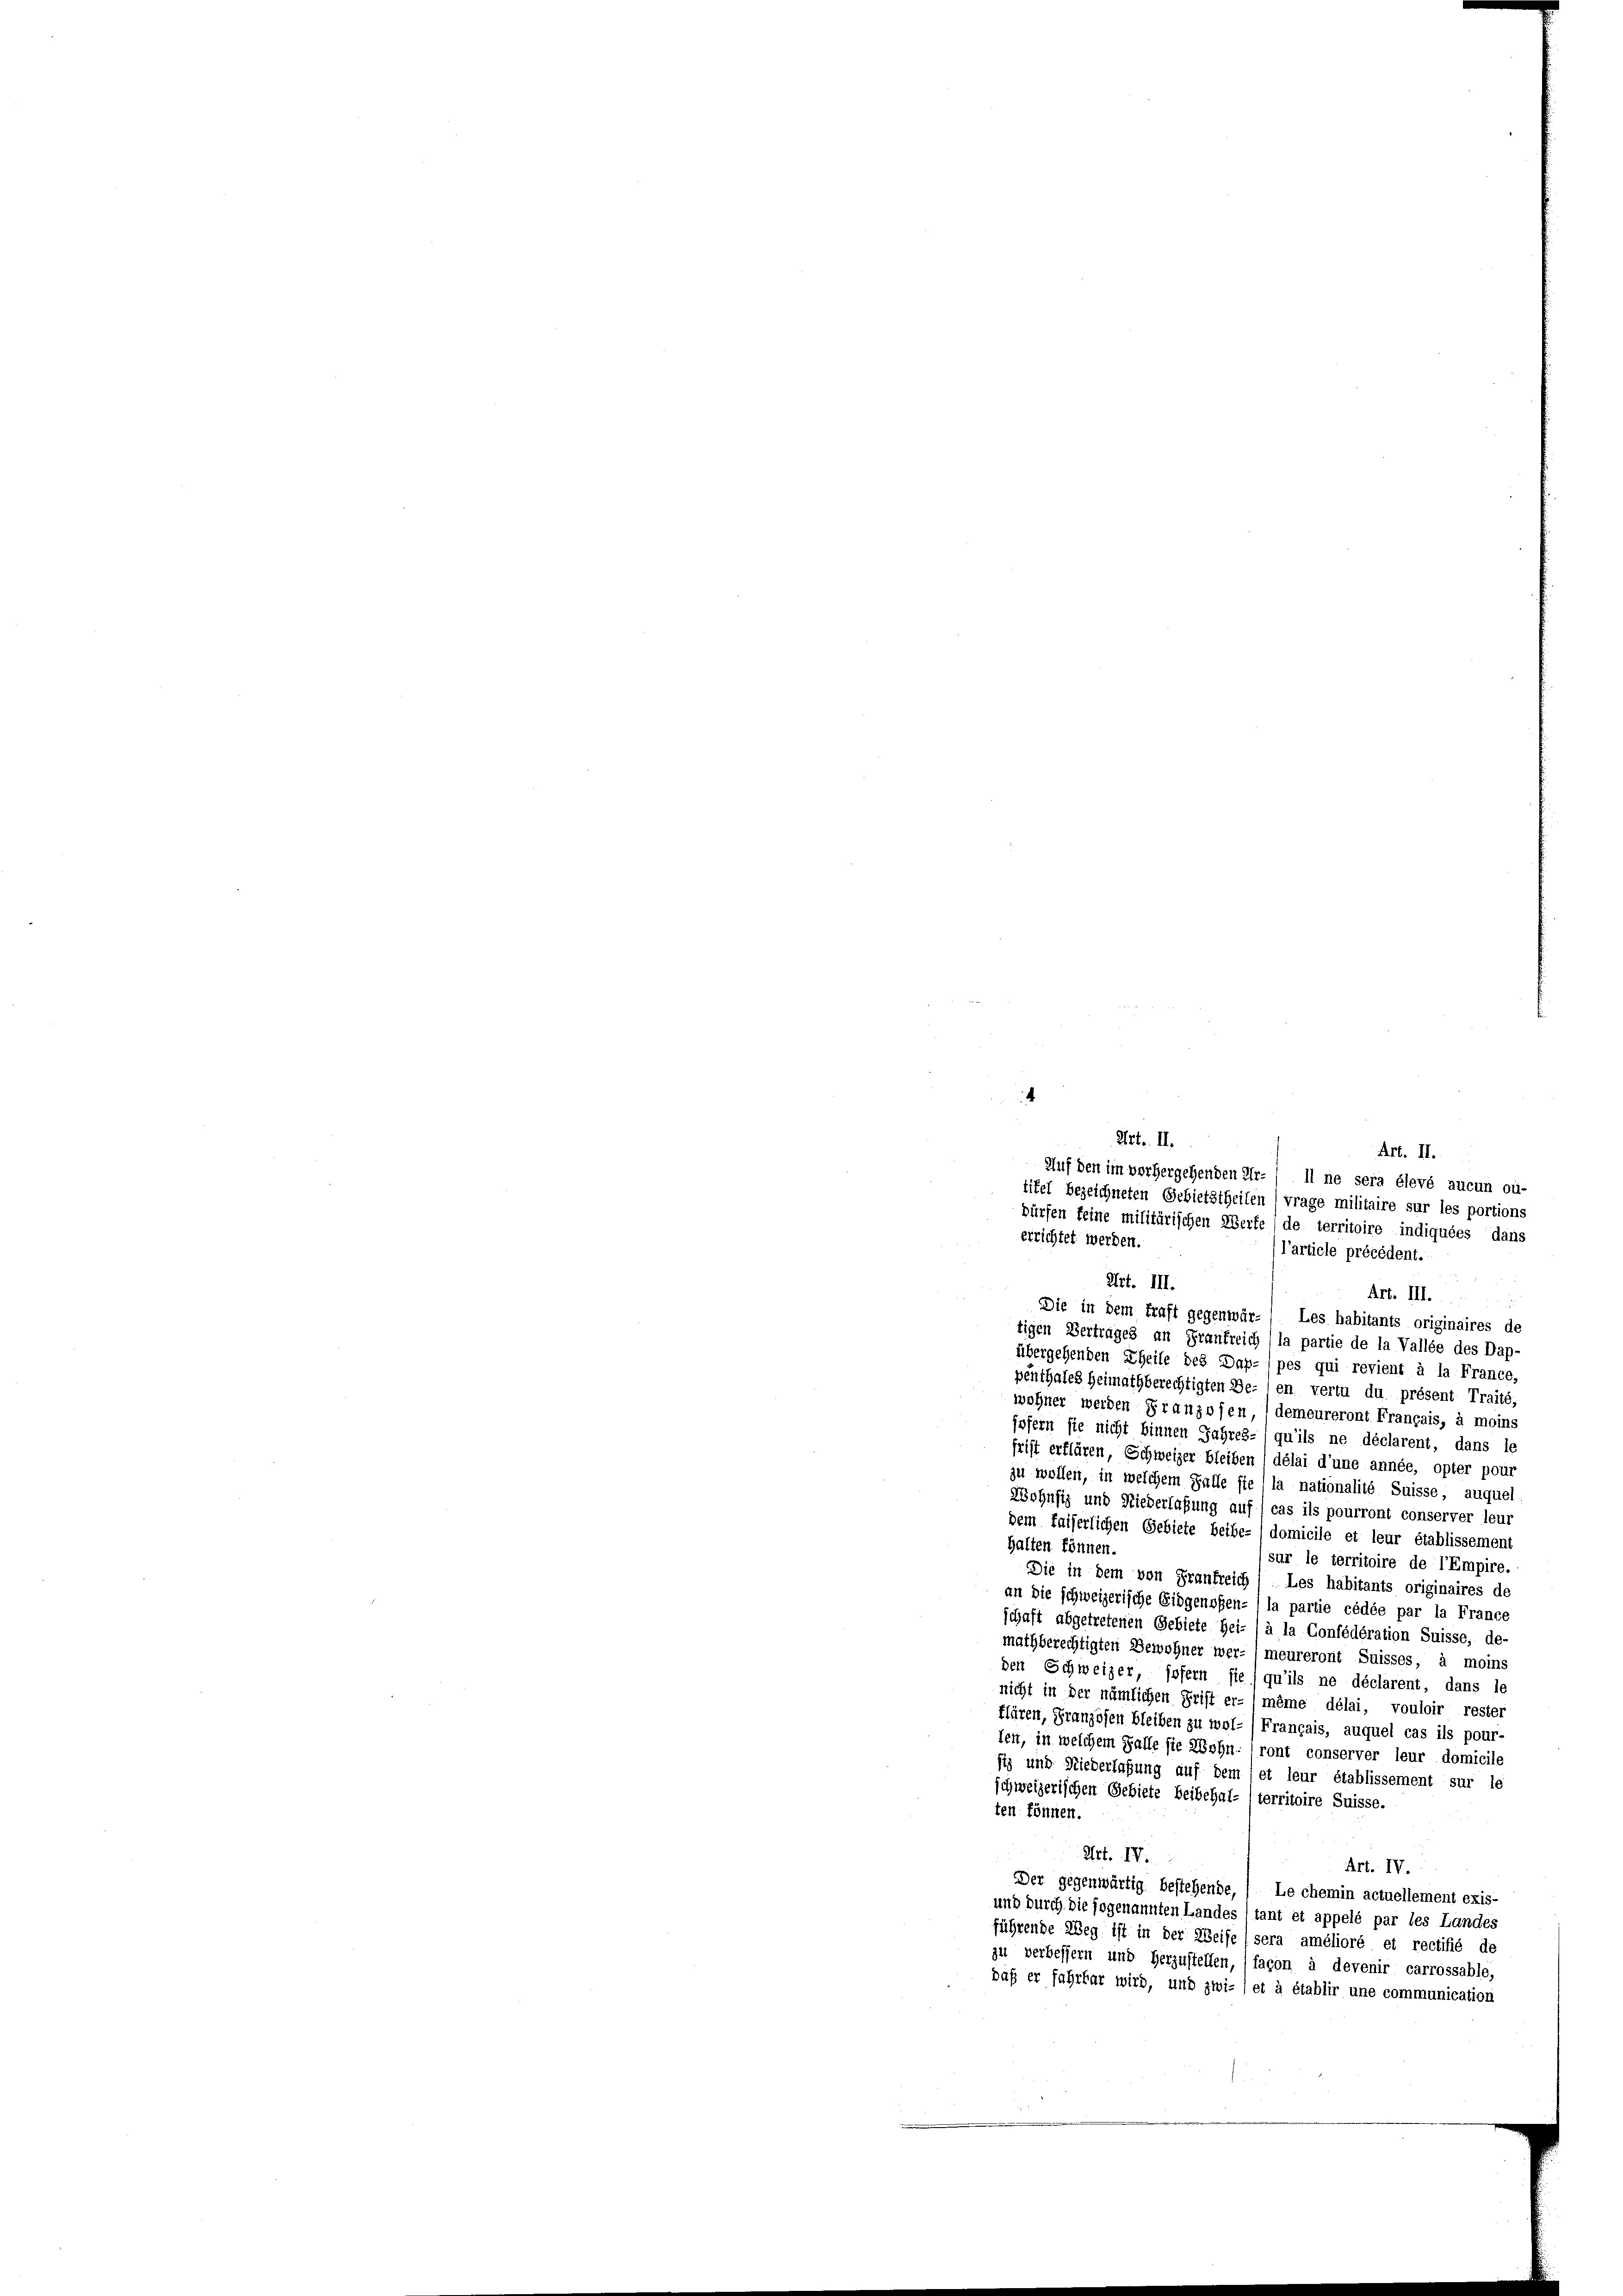
Art. III.
Art. III.
e
Die in dem traft gegenwär-/ Les habitants originaires de
tigen Vertrages an Frankreich (la partie de la Vallée des Dap
übergehenden Theile des Dap-/pes qui revient à la France,
penthales Heimathberechtigten Be- ) en vertu du présent Traité,
wohner werden Franzosen demeureront Français, à moins
fofern sie nicht binnen Jahres-/qu’ils ne déclarent, dans le
frist erflären, Schweizer bleiben ( délai d’une année, opter pour
zu wollen, in welchem Falle sie la nationalité Suisse, auquel
Wohnsiz und Niederlaßung auf cas ils pourront conserver leur
dem faiserlichen Gebiete beibe- domicile et leur établissement
halten können.
sur le territoire de l’Empire.
d
Die in dem von Frankreich / Les habitants originaires de
an die schweizerische Eidgenoßen- l la partie cédée par la France
schaft abgetretenen Gebiete Hei- (à la Confédération Suisse, de-
mathberechtigten Bewohner wer- (meureront Suisses, à moins
den Schweizer, sofern sie / qu’ils ne déclarent, dans le
nicht in der nämlichen Frift er-même délai, vouloir rester
flären, Franzosen bleiben zu wol-/Français, auquel cas ils pour-
len, in welchem Falle sie Wohn- (ront conserver leur domicile
stz und Niederlassung auf dem et leur établissement sur le
schweizerischen Gebiete beibehal- (territoire Suisse.
ten können.
Abt. IV.
Art. IV.
Der gegenwärtig bestehende, ( Le chemin actuellement exis-
und durch die sogenannten Landes tant et appelé par les Landes
führende Weg ist in der Weise (sera amélioré et rectifié de
zu verbessern und herzustellen, façon à devenir carrossable,
daß er fahrbar wird, und zwi- , et à établir une communication

Art. II.
Art. II.
Auf den im vorhergehenden Ur- Il ne sera élevé aucun ou-
titel bezeichneten Gebietstheilen / vrage militaire sur les portions
dürfen keine militärischen Werte (de territoire indiquées dans
errichtet werden.
l’article précédent.